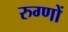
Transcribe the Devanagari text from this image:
रुग्णों